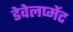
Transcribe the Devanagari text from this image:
डेवेलप्मेंट